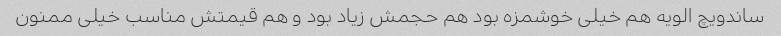
ساندویچ الویه هم خیلی خوشمزه بود هم حجمش زیاد بود و هم قیمتش مناسب خیلی ممنون